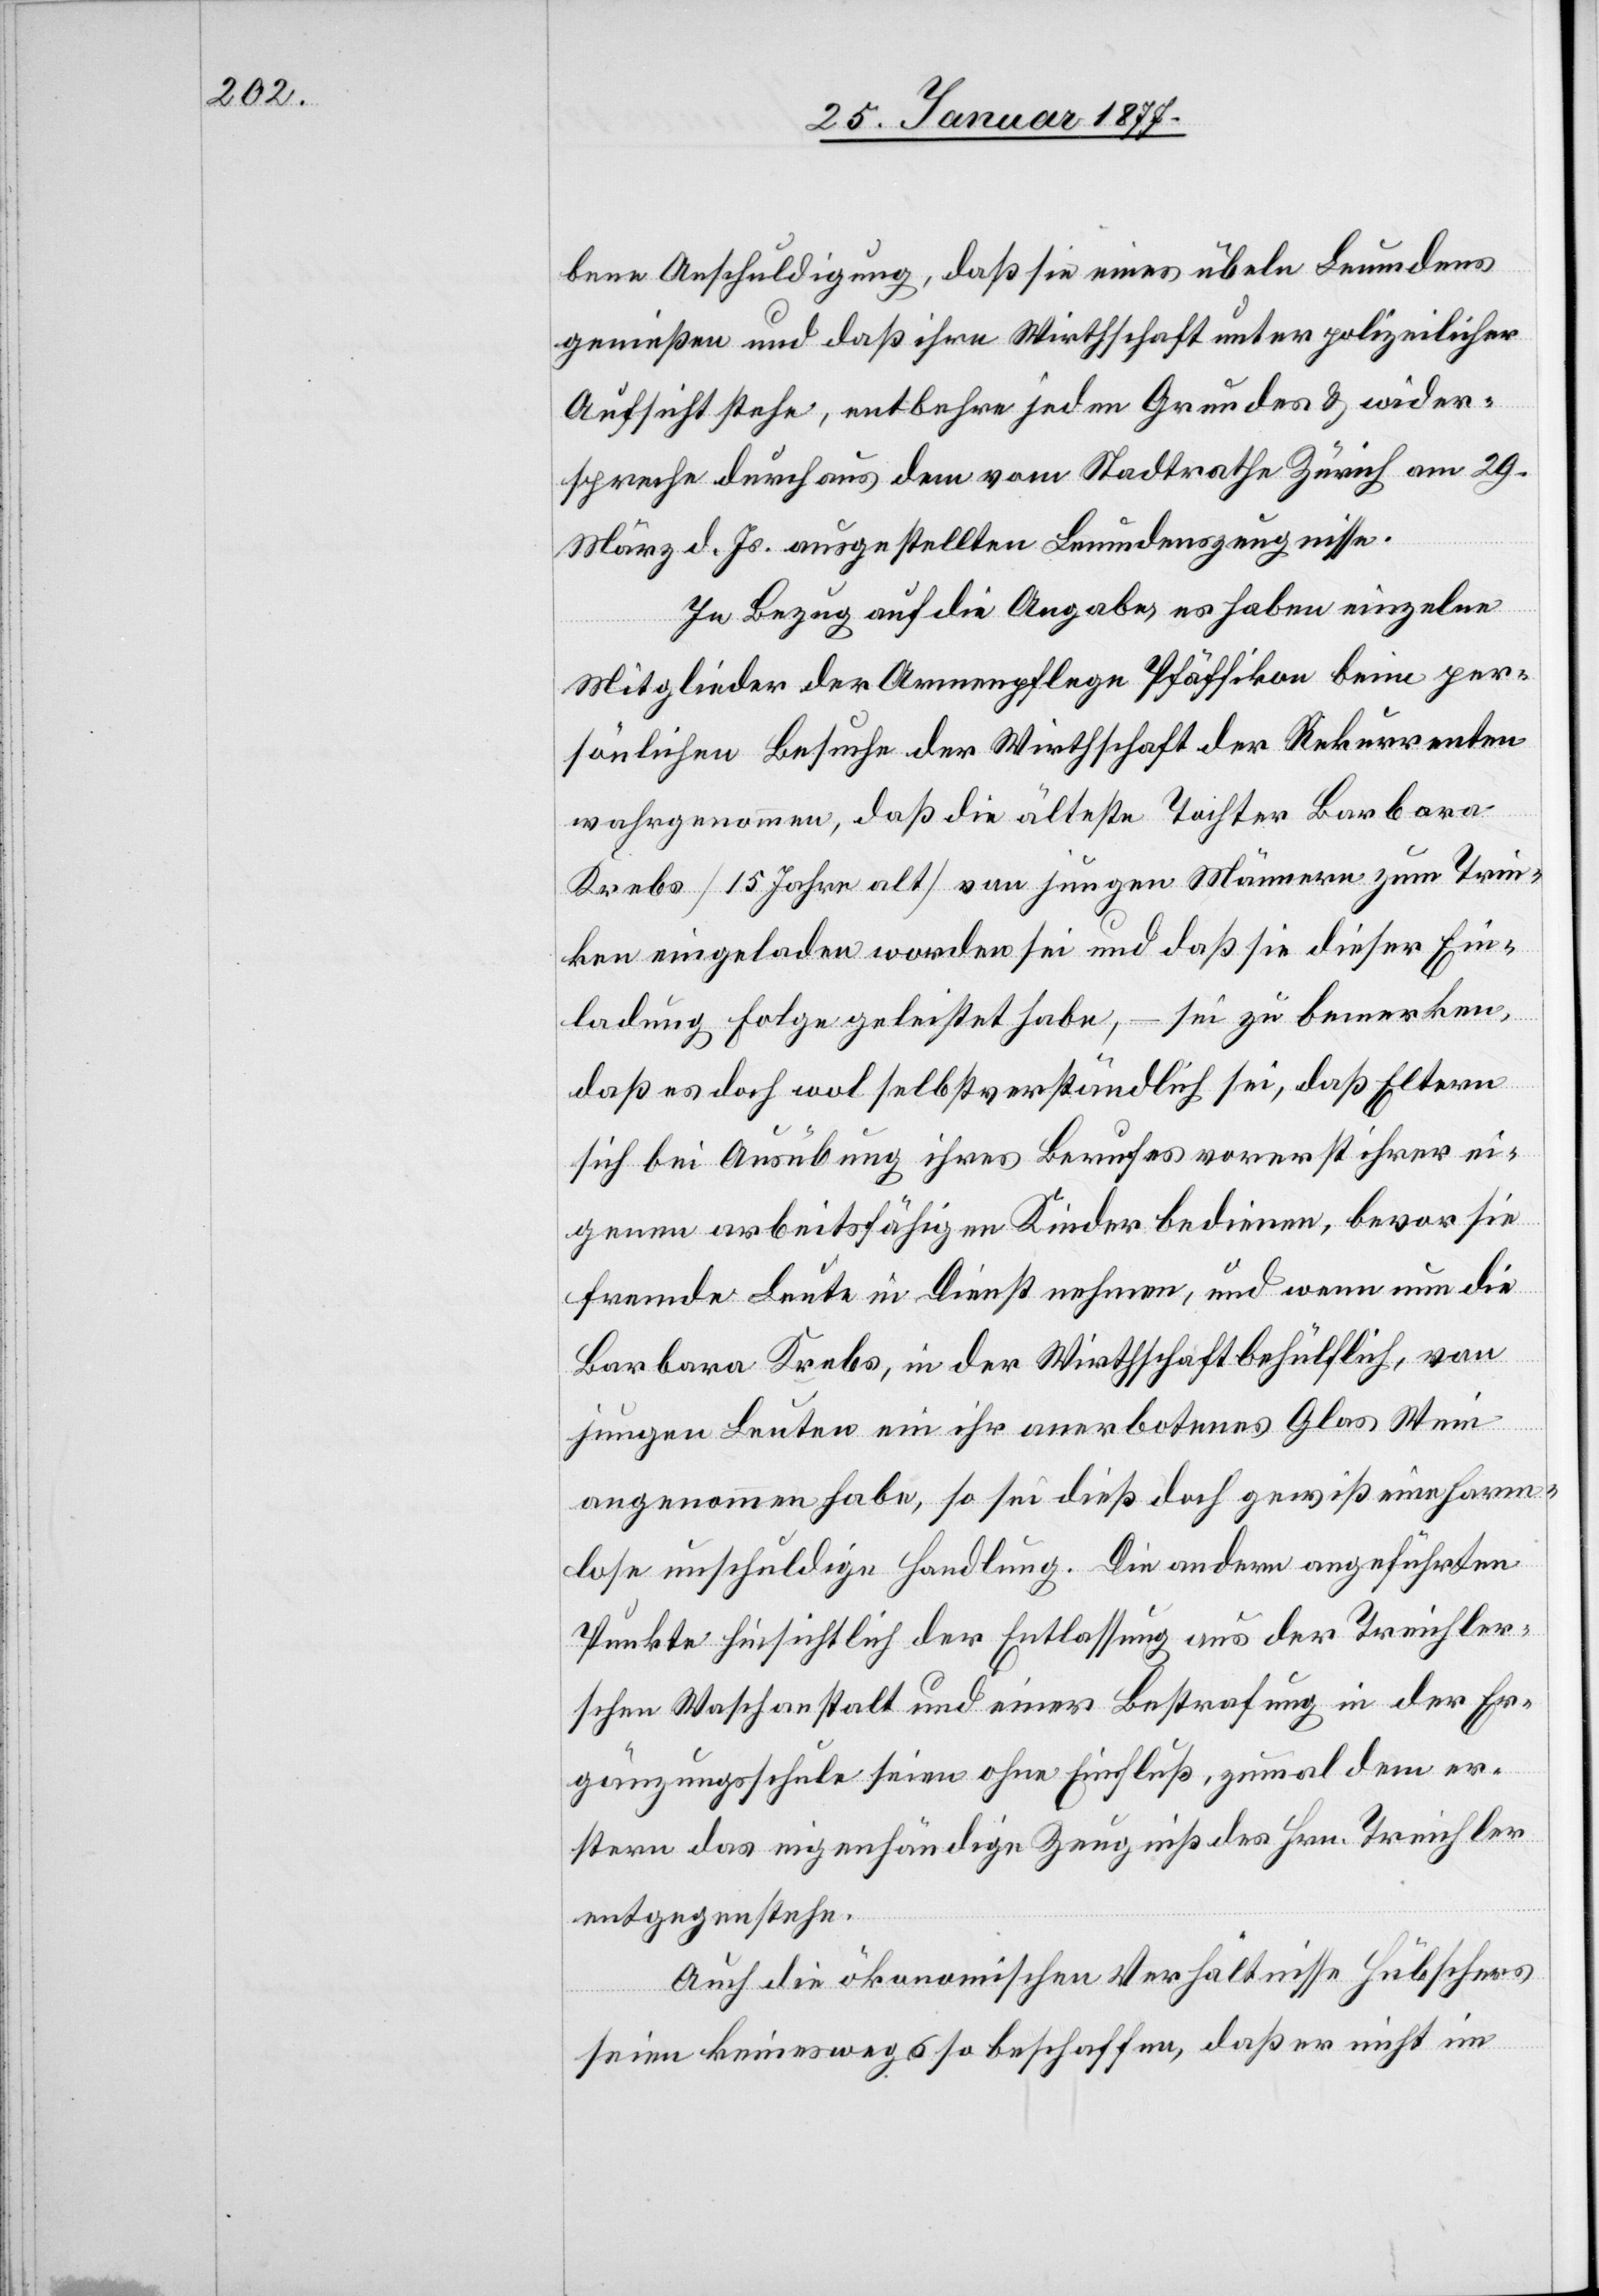
bene Anschuldigung, daß sie eines üblen Leumundes
genießen und daß ihre Wirthschaft unter polizeilicher
Aufsicht stehe, entbehre jeden Grundes & wider¬
spreche durchaus dem vom Stadtrath Zürich am 29.
März d. Js. ausgestellten Leumundszeugnisse.
In Bezug auf die Angabe, es haben einzelne
Mitglieder der Armenpflege Pfäffikon beim per¬
sönlichen Besuche der Wirthschaft der Rekurrenten
wahrgenommen, daß die älteste Tochter Barbara
Krebs [15 Jahre alt] von jungen Männern zum Trin¬
ken eingeladen worden sei und daß sie dieser Ein¬
ladung Folge geleistet habe, – sei zu bemerken,
daß es doch wol selbstverständlich sei, daß Eltern
sich bei Ausübung ihres Berufes vorerst ihrer ei¬
genen arbeitsfähigen Kinder bedienen, bevor sie
fremde Leute in Dienst nehmen, und wenn nun die
Barbara Krebs, in der Wirthschaft behülflich, von
jungen Leuten ein ihr anerbotenes Glas Wein
angenommen habe, so sei dieß doch gewiß eine harm¬
lose unschuldige Handlung. Die andern angeführten
Punkte hinsichtlich der Entlassung aus der Treichler¬
schen Waschanstalt und einer Bestrafung in der Er¬
gänzungsschule seien ohne Einfluß, zumal dem er¬
stern das eigenhändige Zeugniß des Hrn. Treichler
entgegenstehe.
Auch die ökonomischen Verhältnisse Hübschers
seien keineswegs so beschaffen, daß er nicht im